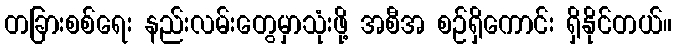
တခြားစစ်ရေး နည်းလမ်းတွေမှာသုံးဖို့ အစီအ စဉ်ရှိကောင်း ရှိနိုင်တယ်။